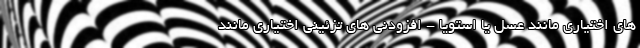
های اختیاری مانند عسل یا استویا - افزودنی های تزئینی اختیاری مانند